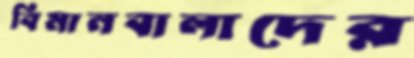
বিমানবালাদের